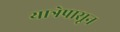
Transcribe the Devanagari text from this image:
यात्रेपासून